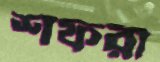
শফরী